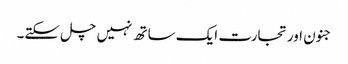
جنون اورتجارت ایک ساتھ نہیں چل سکتے۔